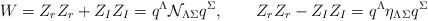
LaTeX: \begin{align*}W=Z_rZ_r+Z_IZ_I=q^{\Lambda}\mathcal{N}_{\Lambda\Sigma} q^\Sigma,\qquad Z_rZ_r-Z_IZ_I=q^{\Lambda}\eta_{\Lambda\Sigma} q^\Sigma\end{align*}